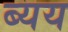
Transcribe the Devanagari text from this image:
ब्यय